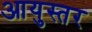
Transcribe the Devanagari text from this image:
आयुस्तर